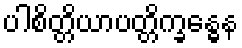
ပါစိတ္တိယာပတ္တိက္ခန္ဓေန